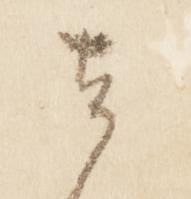
者